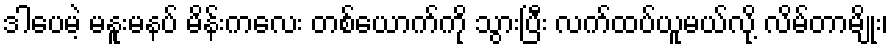
ဒါပေမဲ့ မနူးမနပ် မိန်းကလေး တစ်ယောက်ကို သွားပြီး လက်ထပ်ယူမယ်လို့ လိမ်တာမျိုး၊